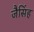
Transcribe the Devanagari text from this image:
जैसिंह